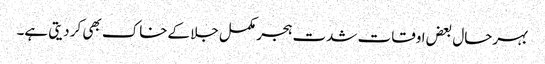
بہرحال بعض اوقات شدت ہجر مکمل جلا کےخاک بھی کر دیتی ہے۔